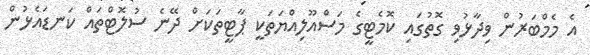
އެ މެމްބަރުން ވިދާޅުވި ގޮތުގައި ކޮމެޓީގެ މަސްއޫލިއްޔަތަކީ ޕާޓީތަކަށް ދޭނެ ސުލޮޓްތައް ކަނޑައެޅުން